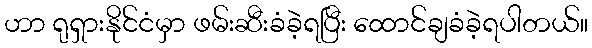
ဟာ ရုရှားနိုင်ငံမှာ ဖမ်းဆီးခံခဲ့ရပြီး ထောင်ချခံခဲ့ရပါတယ်။